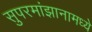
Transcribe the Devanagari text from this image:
सुपरमांझानामध्ये